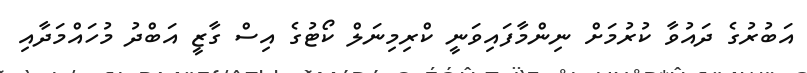
އަބުރުގެ ދައުވާ ކުރުމަށް ނިންމާފައިވަނީ ކްރިމިނަލް ކޯޓުގެ އިސް ގާޒީ އަބްދު މުހައްމަދާއި